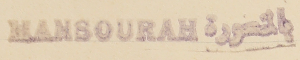
بالمنصورة MANSOURAH